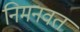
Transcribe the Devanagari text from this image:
निमनवत